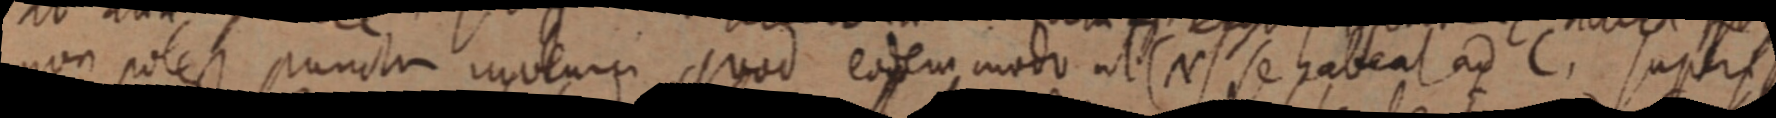
non potest punctum inveniri quod eodem modo ut (N) se habeat ad C, super